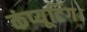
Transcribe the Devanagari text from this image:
कंप्यूटिंग।